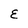
Character: E